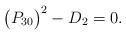
LaTeX: \begin{align*}\big( P_{30}\big)^{2}-D_{2}=0. \end{align*}